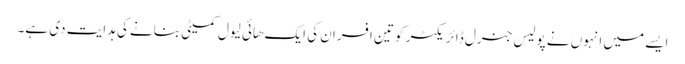
ایسے میں انہوں نے پولیس جنرل ڈائریکٹر کو تین افسران کی ایک هائی لیول کمیٹی بنانے کی ہدایت دی ہے۔